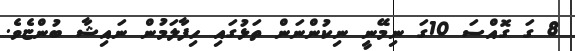
8 ގަ ގޮއްސަ 10ގަ ނިމޭނީ ނިކުންނަން ތަޅުގައި ހިފާލަމުން ނައިޝާ ބުންޏެވެ.